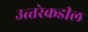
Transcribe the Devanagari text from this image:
उत्‍तरेकडील